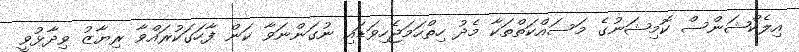
އިލެކްޝަންސް ކޮމިޝަނުގެ މަސައްކަތްތަކާ މެދު ހިތްހަމަޖެހިވަޑައި ނުގަންނަވާ ކަން ފާހަގަކުރައްވާ ރިޔާޒު ވިދާޅުވީ